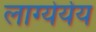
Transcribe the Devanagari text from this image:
लाग्येर्येय